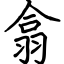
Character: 翕